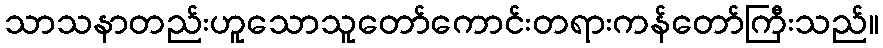
သာသနာတည်းဟူသောသူတော်ကောင်းတရားကန်တော်ကြီးသည်။